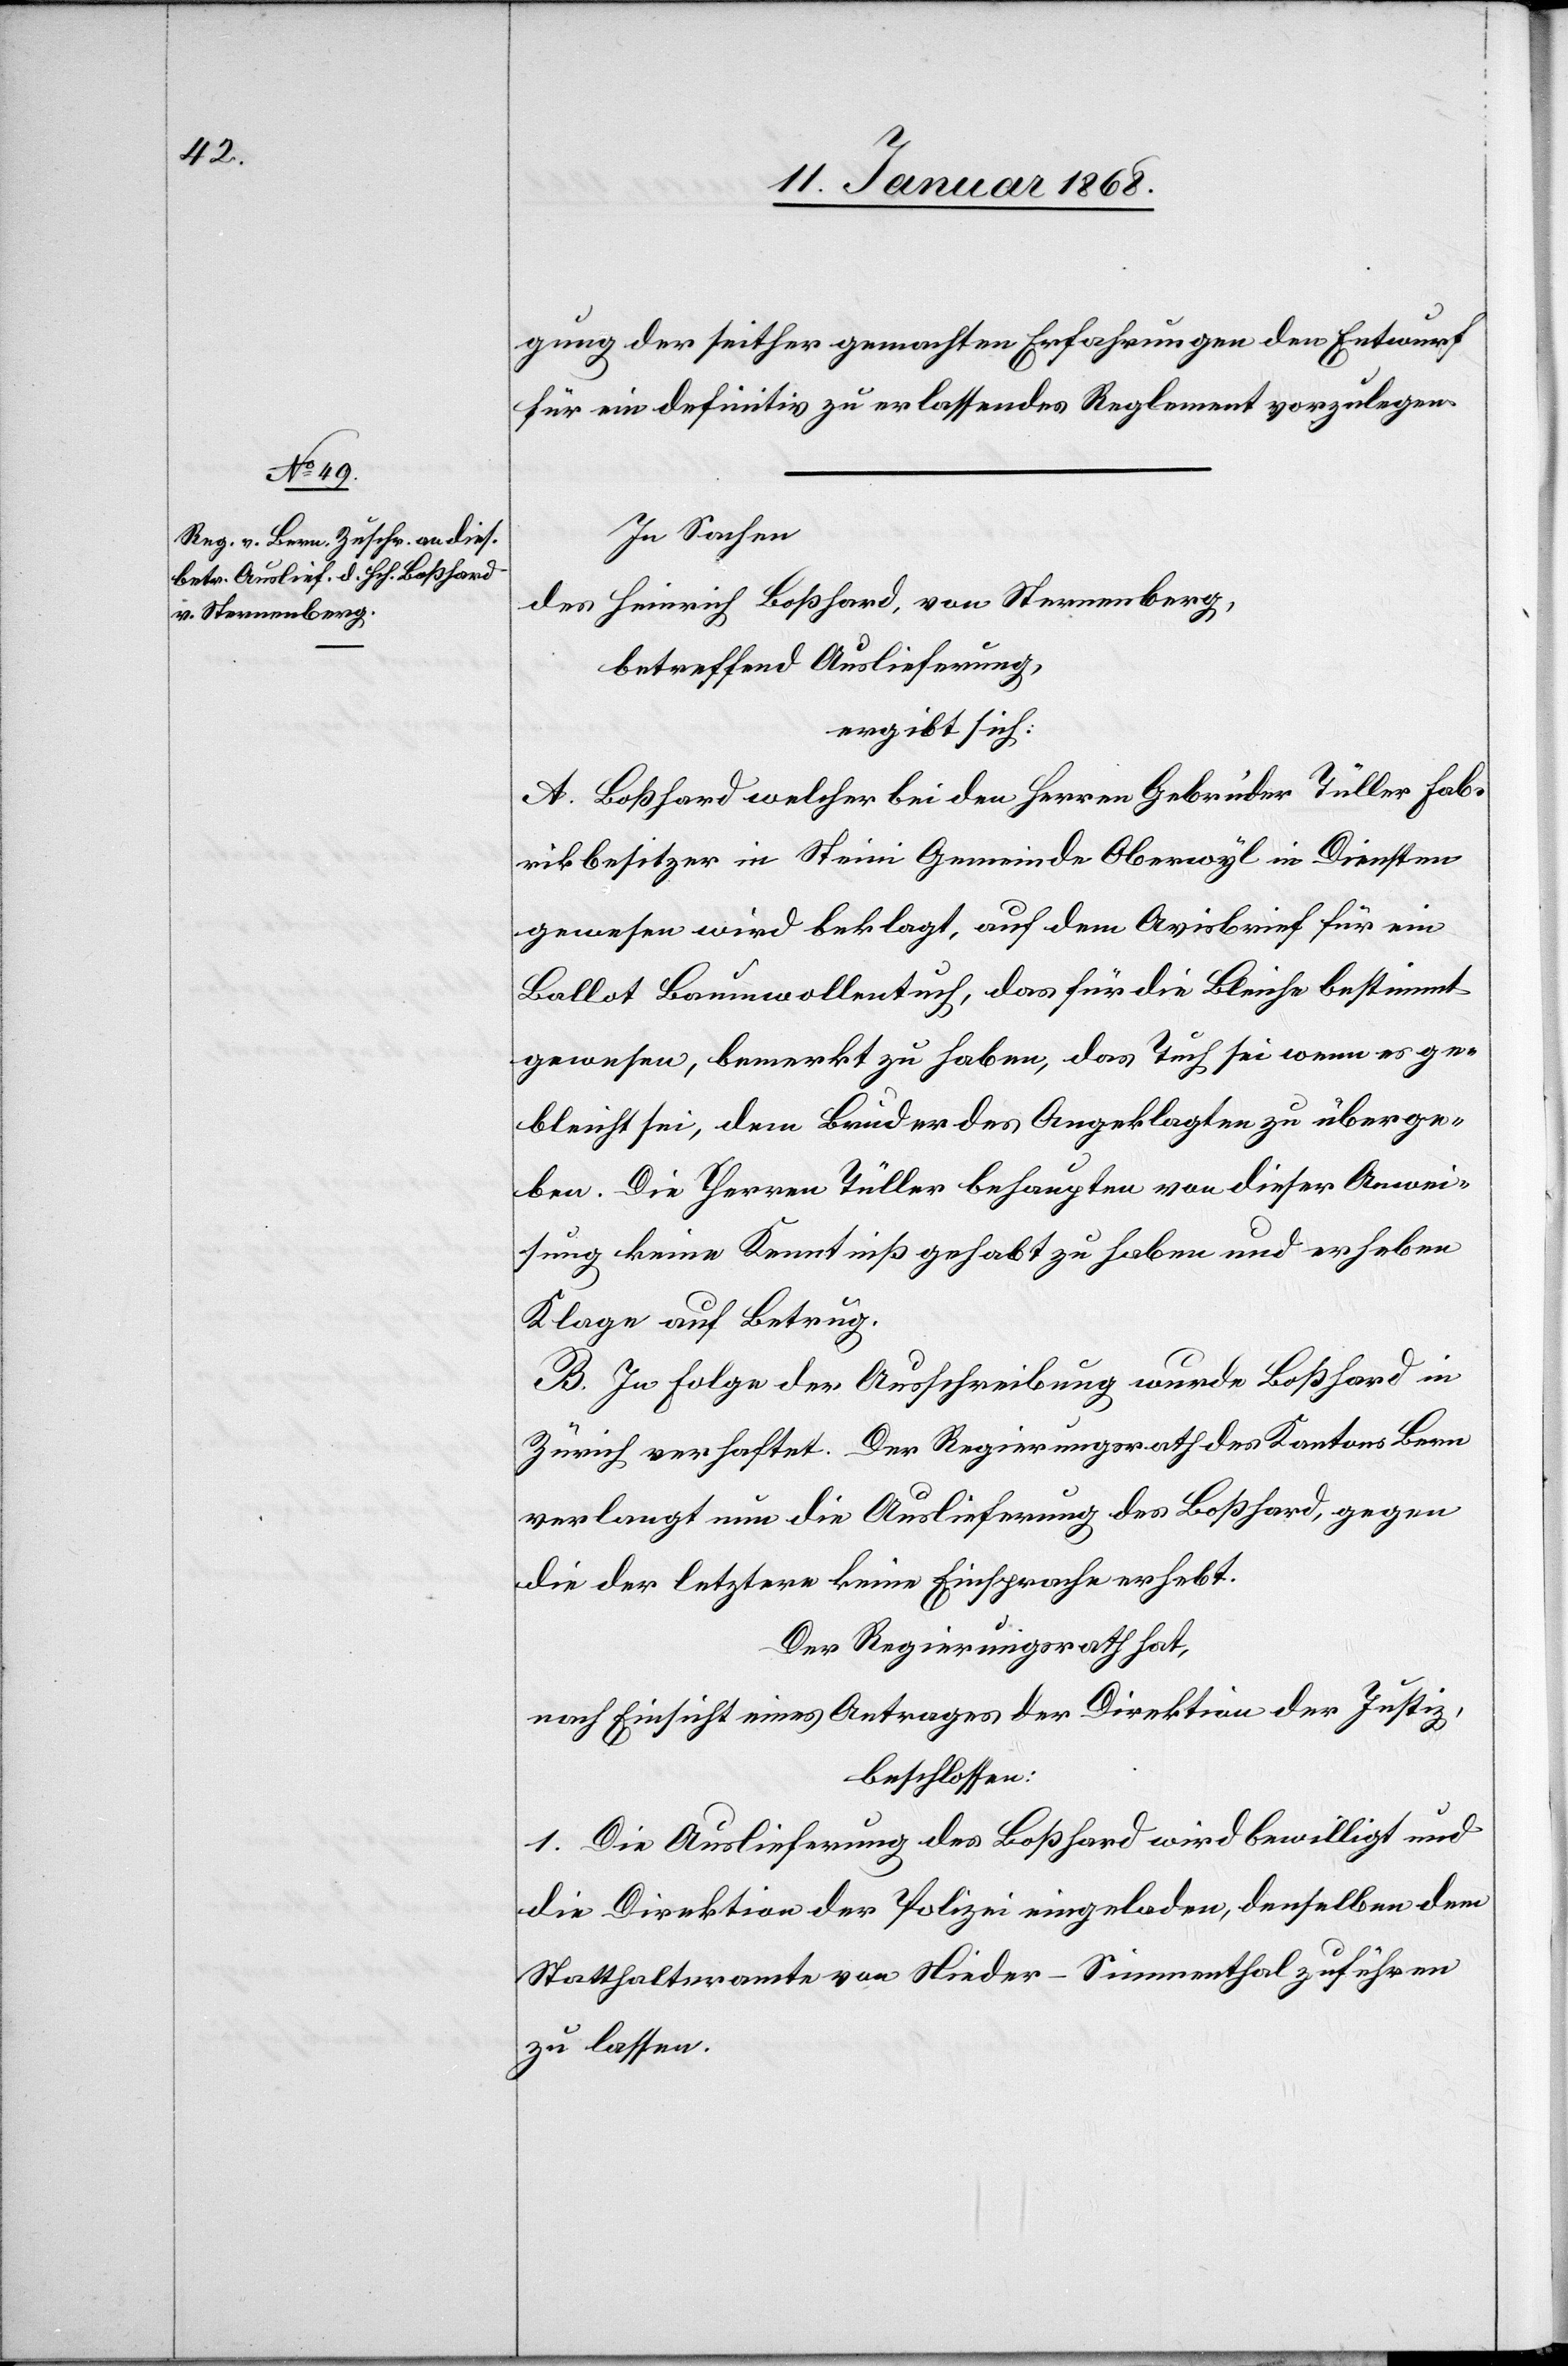
gung der seither gemachten Erfahrungen den Entwurf
für ein definitiv zu erlassendes Reglement vorzulegen.
In Sachen
des Heinrich Boßhard, von Sternenberg,
betreffend Auslieferung,
ergibt sich:
A. Boßhard welcher bei den Herren Gebrüder Tüller Fab¬
rikbesitzer in Steini Gemeinde Oberwyl in Diensten
gewesen wird beklagt, auf dem Avisbrief für ein
Ballot Baumwollentuch, das für die Bleiche bestimmt
gewesen, bemerkt zu haben, das Tuch sei wenn es ge¬
bleicht sei, dem Bruder des Angeklagten zu überge¬
ben. Die Herren Tüller behaupten von dieser Anwei¬
sung keine Kenntniß gehabt zu haben und erheben
Klage auf Betrug.
B. In Folge der Ausschreibung wurde Boßhard in
Zürich verhaftet. Der Regierungsrath des Kantons Bern
verlangt nun die Auslieferung des Boßhard, gegen
die der letztere keine Einsprache erhebt.
Der Regierungsrath hat,
nach Einsicht eines Antrages der Direktion der Justiz,
beschlossen:
1. Die Auslieferung des Boßhard wird bewilligt und
die Direktion der Polizei eingeladen, denselben dem
Statthalteramte von Nieder-Simmenthal zuführen
zu lassen.